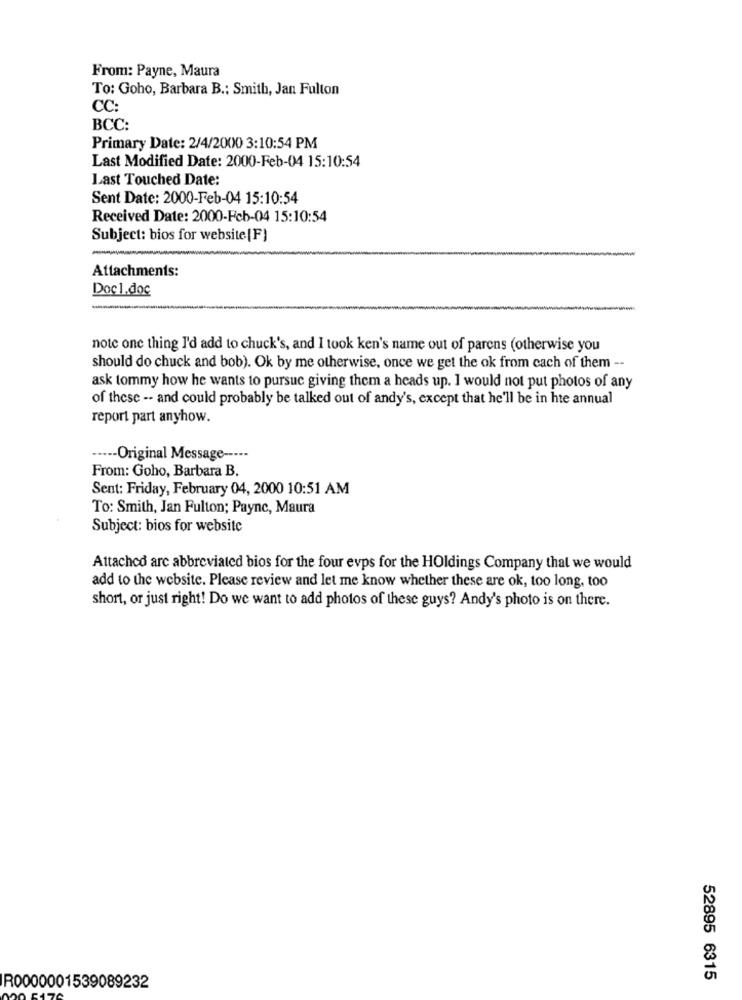
From: Payne, Maura
To: Goho, Barbara B .: Smith, Jan Fulton
CC:
BCC:
Primary Date: 2/4/2000 3:10:54 PM
Last Modified Date: 2000-Feb-04 15:10:54
Last Touched Date:
Sent Date: 2000-Feb-04 15:10:54
Received Date: 2000-Feb-04 15:10:54
Subject: bios for website [F)
-
Attachments:
Doc1.doc
note one thing I'd add to chuck's, and I took ken's name out of parens (otherwise you
should do chuck and bob). Ok by me otherwise, once we get the ok from cach of them --
ask tommy how he wants to pursue giving them a heads up. I would not put photos of any
of these -- and could probably be talked out of andy's, except that he'll be in hte annual
report part anyhow.
···-- Original Message -----
From: Goho, Barbara B.
Sent: Friday, February 04, 2000 10:51 AM
To: Smith, Jan Fulton; Payne, Maura
Subject: bios for website
Attached arc abbreviated bios for the four evps for the Holdings Company that we would
add to the website. Please review and let me know whether these are ok, too long, too
short, or just right! Do we want to add photos of these guys? Andy's photo is on there.
52895 6315
R0000001539089232